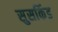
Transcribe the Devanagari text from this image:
सुसकिंड